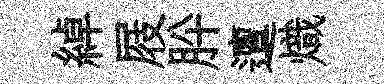
綽屐肸邅熾